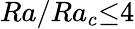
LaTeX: Ra/Ra_{c}{\le}4